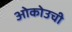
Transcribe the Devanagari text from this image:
ओकोउची